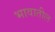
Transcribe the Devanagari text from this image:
भावातील